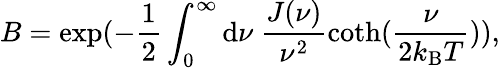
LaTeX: B=\exp(-\frac{1}{2}\int_{0}^{\infty}\mathrm{d}\nu~\frac{J(\nu)}{\nu^{2}}\coth(\frac{\nu}{2k_{\mathrm{B}}T})),